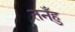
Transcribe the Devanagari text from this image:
तनँहु